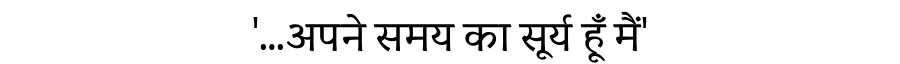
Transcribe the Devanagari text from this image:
'…अपने समय का सूर्य हूँ मैं'